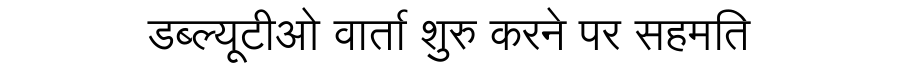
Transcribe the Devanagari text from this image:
डब्ल्यूटीओ वार्ता शुरु करने पर सहमति